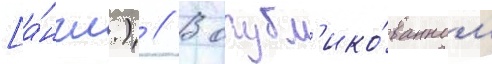
[а́нгл.) // В опубл'ико́ванном